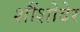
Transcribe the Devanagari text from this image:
शौंशोदेर